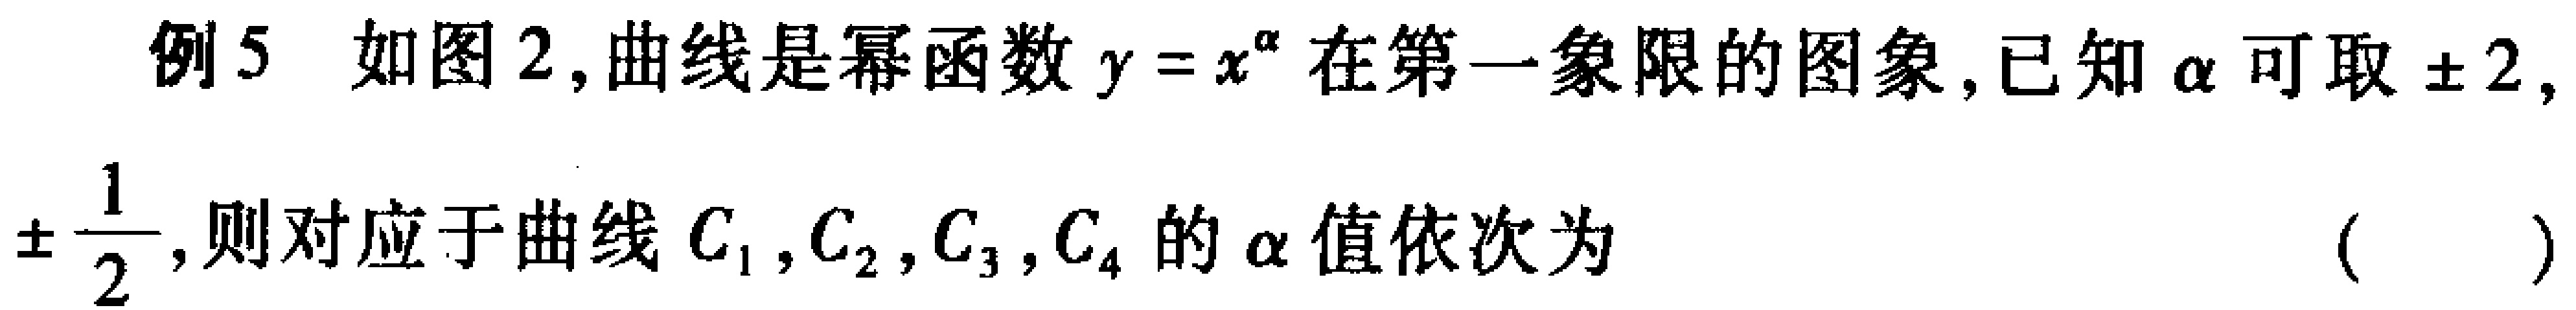
例5 如图2,曲线是幂函数\(y = x^{\alpha}\)在第一象限的图象,已知\(\alpha\)可取\(\pm2,\)

\(\pm\frac{1}{2}\),则对应于曲线\(C_{1},C_{2},C_{3},C_{4}\)的\(\alpha\)值依次为 （  ）